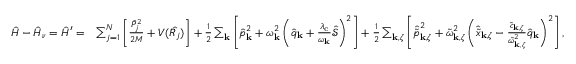
\begin{array} { r l } { \hat { H } - \hat { H } _ { \nu } = \hat { H } ^ { \prime } = } & { \sum _ { j = 1 } ^ { N } \left[ \frac { \hat { P } _ { j } ^ { 2 } } { 2 M } + V ( \hat { R _ { j } } ) \right] + \frac { 1 } { 2 } \sum _ { \mathbf { k } } \left[ \hat { p } _ { \mathrm { \mathbf { k } } } ^ { 2 } + \omega _ { \mathbf { k } } ^ { 2 } \left( \hat { q } _ { \mathrm { \mathbf { k } } } + \frac { \lambda _ { \mathrm { c } } } { \omega _ { \mathbf { k } } } \hat { \mathcal { S } } \right) ^ { 2 } \right] + \frac { 1 } { 2 } \sum _ { \mathbf { k } , \zeta } \left[ \hat { \tilde { p } } _ { \mathbf { k } , \zeta } ^ { 2 } + \tilde { \omega } _ { \mathbf { k } , \zeta } ^ { 2 } \left( \hat { \tilde { x } } _ { \mathbf { k } , \zeta } - \frac { \tilde { c } _ { \mathbf { k } , \zeta } } { \tilde { \omega } _ { \mathbf { k } , \zeta } ^ { 2 } } \hat { q } _ { \mathrm { \mathbf { k } } } \right) ^ { 2 } \right] , } \end{array}